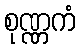
စုဏ္ဏကံ